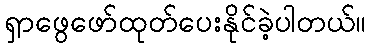
ရှာဖွေဖော်ထုတ်ပေးနိုင်ခဲ့ပါတယ်။